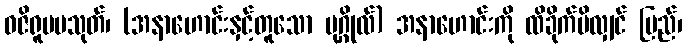
ဝဇိရူပမသုတ်၊ (အနာဟောင်းနှင့်တူသော ပုဂ္ဂိုလ်) အနာဟောင်းကို ထိခိုက်မိလျှင် ပြည်၊